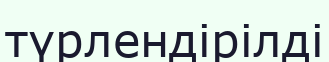
түрлендірілді